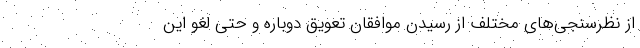
از نظرسنجی‌های مختلف از رسیدن موافقان تعویق دوباره و حتی لغو این